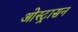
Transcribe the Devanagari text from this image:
ओस्ट्रासन